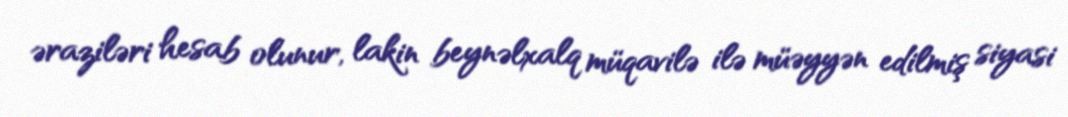
əraziləri hesab olunur, lakin beynəlxalq müqavilə ilə müəyyən edilmiş siyasi